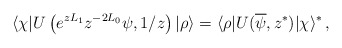
\begin{align*}\langle\chi|U\left(e^{zL_1}z^{-2L_0}\psi,1/z\right)|\rho\rangle=\langle\rho|U(\overline\psi,z^\ast)|\chi\rangle^\ast\,,\end{align*}